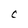
Character: C